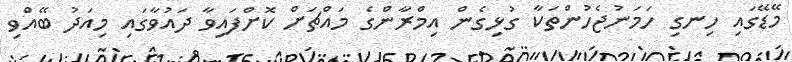
މޭޑޭގައި ހިނގި ހަމަނުޖެހުންތަކާ ގުޅިގެން އިމްރާންގެ މައްޗަށް ކޮށްފައިވާ ދައުވާގައި މިއަދު ބޭއްވި